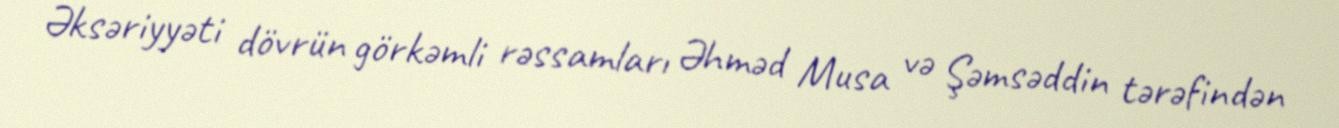
Əksəriyyəti dövrün görkəmli rəssamları Əhməd Musa və Şəmsəddin tərəfindən